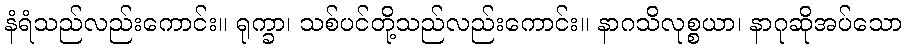
နံရံသည်လည်းကောင်း။ ရုက္ခာ၊ သစ်ပင်တို့သည်လည်းကောင်း။ နာဂသိလုစ္စယာ၊ နာဂုဆိုအပ်သော